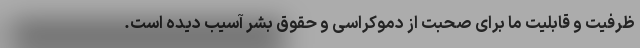
ظرفیت و قابلیت ما برای صحبت از دموکراسی و حقوق بشر آسیب دیده است.